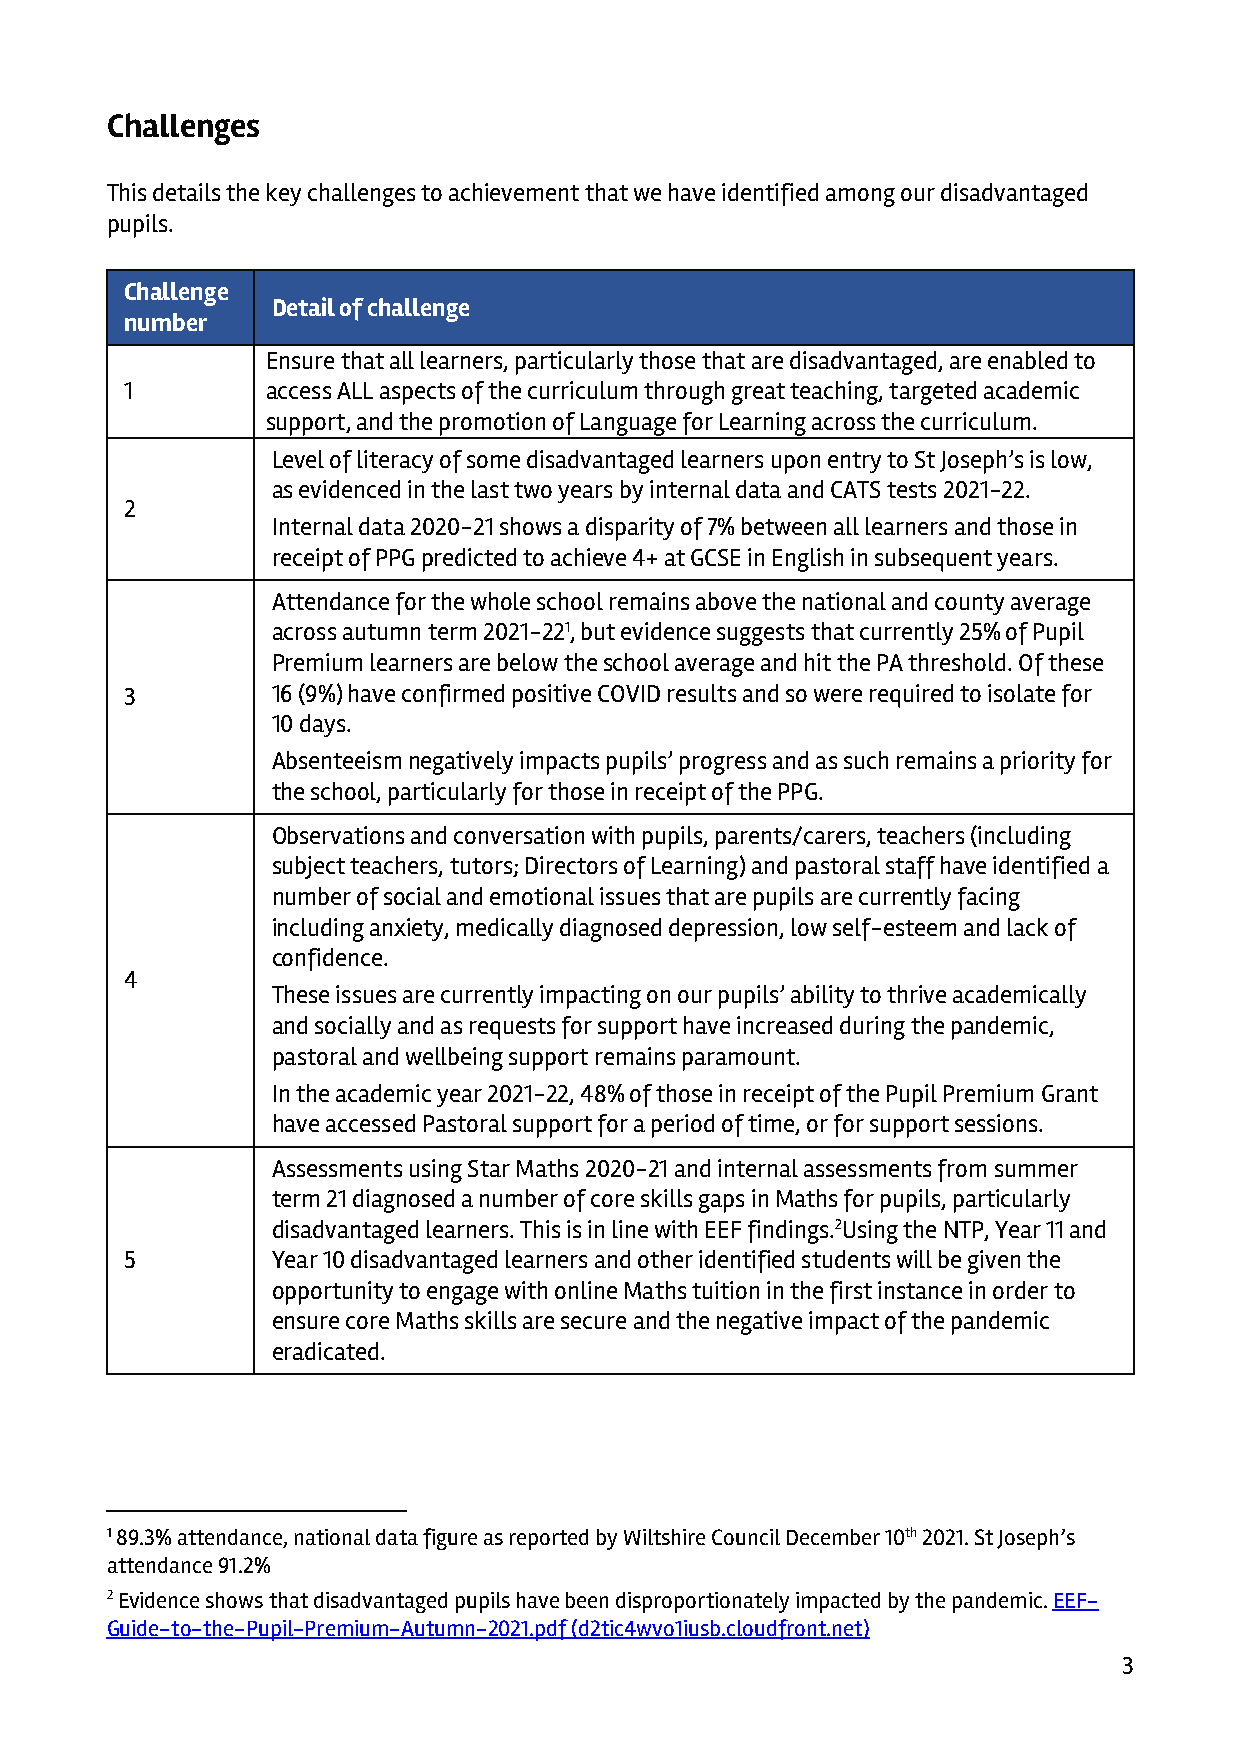
Challenges
 This details the key challenges to achievement that we have identified among our disadvantaged
 pupils.
 Challenge
 Detail of challenge
 number
 Ensure that all learners, particularly those that are disadvantaged, are enabled to
 1         access ALL aspects of the curriculum through great teaching, targeted academic
 support, and the promotion of Language for Learning across the curriculum.
 Level of literacy of some disadvantaged learners upon entry to St Joseph’s is low,
 as evidenced in the last two years by internal data and CATS tests 2021-22.
 2
 Internal data 2020-21 shows a disparity of 7% between all learners and those in
 receipt of PPG predicted to achieve 4+ at GCSE in English in subsequent years.
 Attendance for the whole school remains above the national and county average
 across autumn term 2021-221, but evidence suggests that currently 25% of Pupil
 Premium learners are below the school average and hit the PA threshold. Of these
 3         16 (9%) have confirmed positive COVID results and so were required to isolate for
 10 days.
 Absenteeism negatively impacts pupils’ progress and as such remains a priority for
 the school, particularly for those in receipt of the PPG.
 Observations and conversation with pupils, parents/carers, teachers (including
 subject teachers, tutors; Directors of Learning) and pastoral staff have identified a
 number of social and emotional issues that are pupils are currently facing
 including anxiety, medically diagnosed depression, low self-esteem and lack of
 confidence.
 4
 These issues are currently impacting on our pupils’ ability to thrive academically
 and socially and as requests for support have increased during the pandemic,
 pastoral and wellbeing support remains paramount.
 In the academic year 2021-22, 48% of those in receipt of the Pupil Premium Grant
 have accessed Pastoral support for a period of time, or for support sessions.
 Assessments using Star Maths 2020-21 and internal assessments from summer
 term 21 diagnosed a number of core skills gaps in Maths for pupils, particularly
 disadvantaged learners. This is in line with EEF findings.2Using the NTP, Year 11 and
 5         Year 10 disadvantaged learners and other identified students will be given the
 opportunity to engage with online Maths tuition in the first instance in order to
 ensure core Maths skills are secure and the negative impact of the pandemic
 eradicated.
 1 89.3% attendance, national data figure as reported by Wiltshire Council December 10th 2021. St Joseph’s
 attendance 91.2%
 2 Evidence shows that disadvantaged pupils have been disproportionately impacted by the pandemic. EEF-
 Guide-to-the-Pupil-Premium-Autumn-2021.pdf (d2tic4wvo1iusb.cloudfront.net)
 3